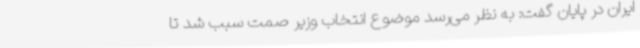
ایران در پایان گفت: به نظر می‌رسد موضوع انتخاب وزیر صمت سبب شد تا